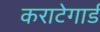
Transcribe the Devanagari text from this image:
कराटेगार्ड